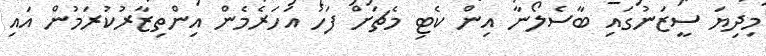
މިދިޔަ ސީޒަނުގައި ބާސެލޯނާ އިން ކެޓި މެޗަށް ފަހު އަހަރެމެން އިންތިޒާރުކުރަމުން އައި